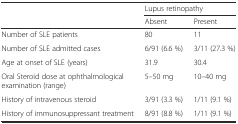
<table><thead><tr><td>[EMPTY_CELL]</td><td colspan="2"><b>Lupus retinopathy</b></td></tr><tr><td>[EMPTY_CELL]</td><td><b>Absent</b></td><td><b>Present</b></td></tr></thead><tbody><tr><td>Number of SLE patients</td><td>80</td><td>11</td></tr><tr><td>Number of SLE admitted cases</td><td>6/91 (6.6 %)</td><td>3/11 (27.3 %)</td></tr><tr><td>Age at onset of SLE (years)</td><td>31.9</td><td>30.4</td></tr><tr><td>Oral Steroid dose at ophthalmological examination (range)</td><td>5–50 mg</td><td>10–40 mg</td></tr><tr><td>History of intravenous steroid</td><td>3/91 (3.3 %)</td><td>1/11 (9.1 %)</td></tr><tr><td>History of immunosuppressant treatment</td><td>8/91 (8.8 %)</td><td>1/11 (9.1 %)</td></tr></tbody></table>